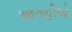
આગાહીઓ